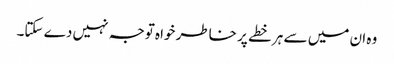
وہ ان میں سے ہر خطے پر خاطر خواہ توجہ نہیں دے سکتا۔